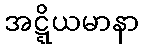
အဋ္ဋိယမာနာ